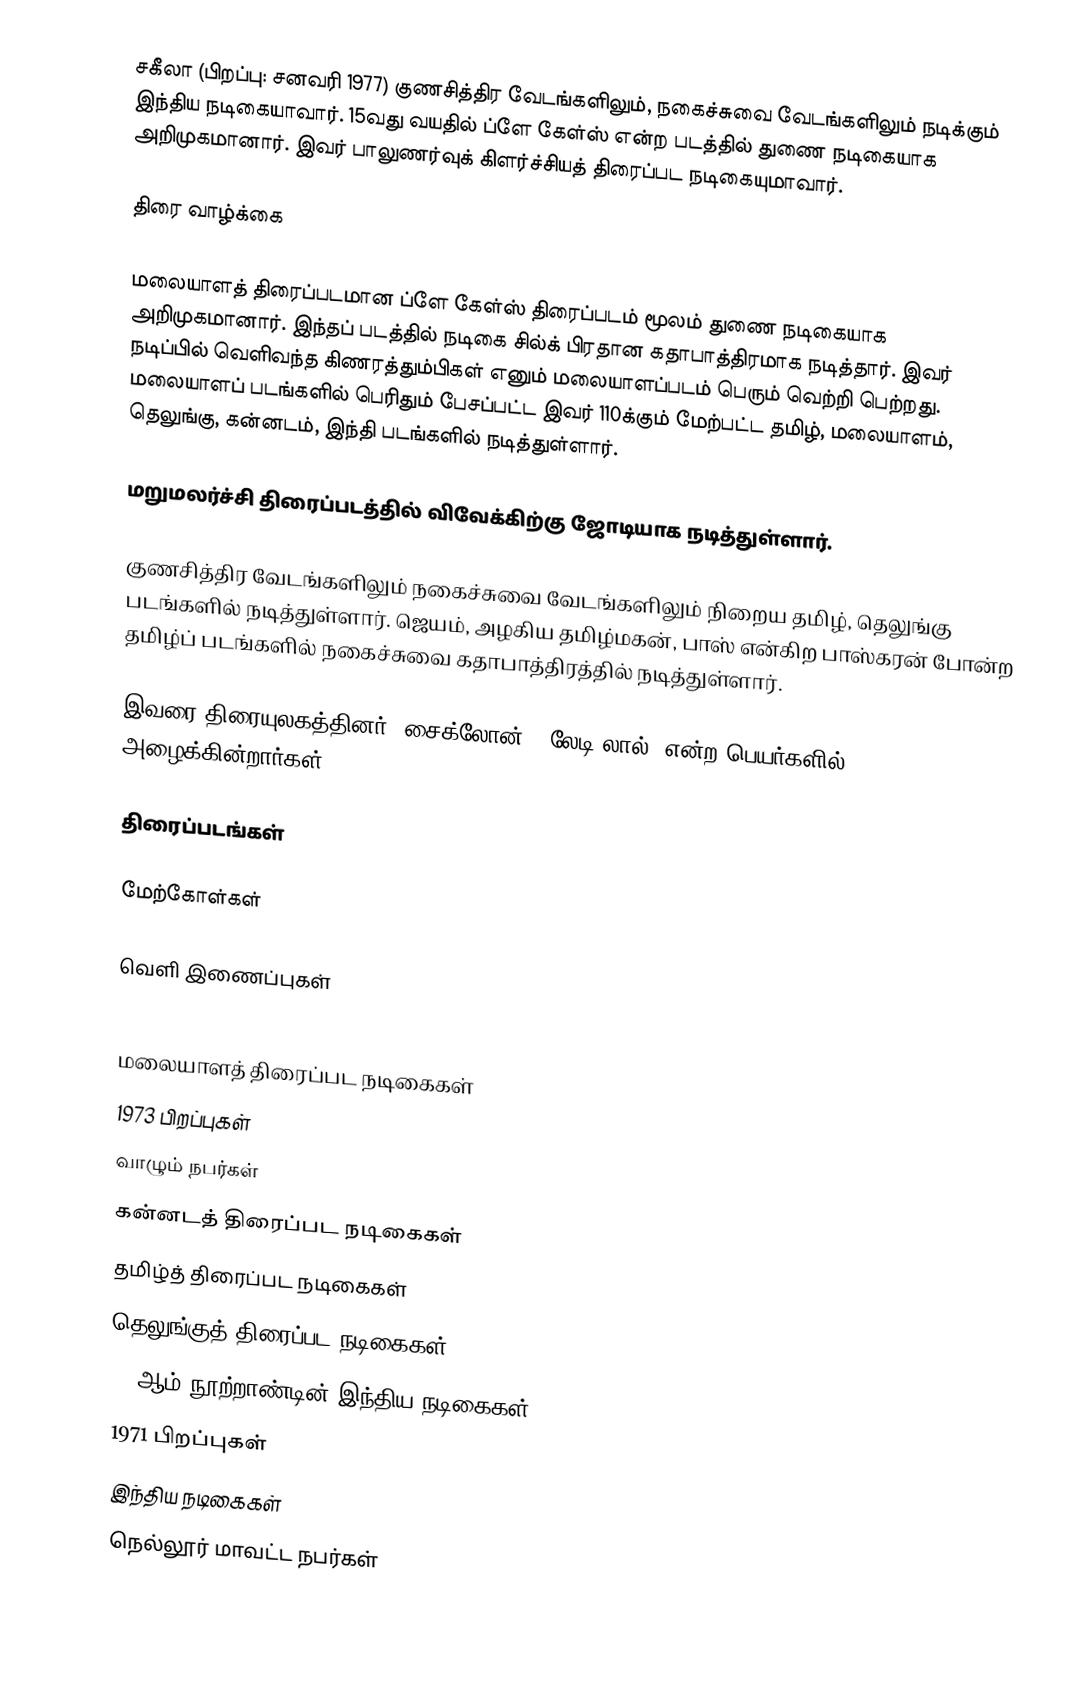
சகீலா (பிறப்பு: சனவரி 1977) குணசித்திர வேடங்களிலும், நகைச்சுவை வேடங்களிலும் நடிக்கும் இந்திய நடிகையாவார். 15வது வயதில் ப்ளே கேள்ஸ் என்ற படத்தில் துணை நடிகையாக அறிமுகமானார். இவர் பாலுணர்வுக் கிளர்ச்சியத் திரைப்பட நடிகையுமாவார்.

திரை வாழ்க்கை

மலையாளத் திரைப்படமான ப்ளே கேள்ஸ் திரைப்படம் மூலம் துணை நடிகையாக அறிமுகமானார். இந்தப் படத்தில் நடிகை சில்க் பிரதான கதாபாத்திரமாக நடித்தார். இவர் நடிப்பில் வெளிவந்த கிணரத்தும்பிகள் எனும் மலையாளப்படம் பெரும் வெற்றி பெற்றது. மலையாளப் படங்களில் பெரிதும் பேசப்பட்ட இவர் 110க்கும் மேற்பட்ட தமிழ், மலையாளம், தெலுங்கு, கன்னடம், இந்தி படங்களில் நடித்துள்ளார்.

மறுமலர்ச்சி திரைப்படத்தில் விவேக்கிற்கு ஜோடியாக நடித்துள்ளார்.

குணசித்திர வேடங்களிலும் நகைச்சுவை வேடங்களிலும் நிறைய தமிழ், தெலுங்கு படங்களில் நடித்துள்ளார். ஜெயம், அழகிய தமிழ்மகன், பாஸ் என்கிற பாஸ்கரன் போன்ற தமிழ்ப் படங்களில் நகைச்சுவை கதாபாத்திரத்தில் நடித்துள்ளார்.

இவரை திரையுலகத்தினர் "சைக்லோன்" "லேடி லால்” என்ற பெயர்களில் அழைக்கின்றார்கள்.

திரைப்படங்கள்

மேற்கோள்கள்

வெளி இணைப்புகள்

மலையாளத் திரைப்பட நடிகைகள்
1973 பிறப்புகள்
வாழும் நபர்கள்
கன்னடத் திரைப்பட நடிகைகள்
தமிழ்த் திரைப்பட நடிகைகள்
தெலுங்குத் திரைப்பட நடிகைகள்
20 ஆம் நூற்றாண்டின் இந்திய நடிகைகள்
1971 பிறப்புகள்
இந்திய நடிகைகள்
நெல்லூர் மாவட்ட நபர்கள்